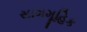
સામમૂહિક